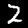
Label: 2